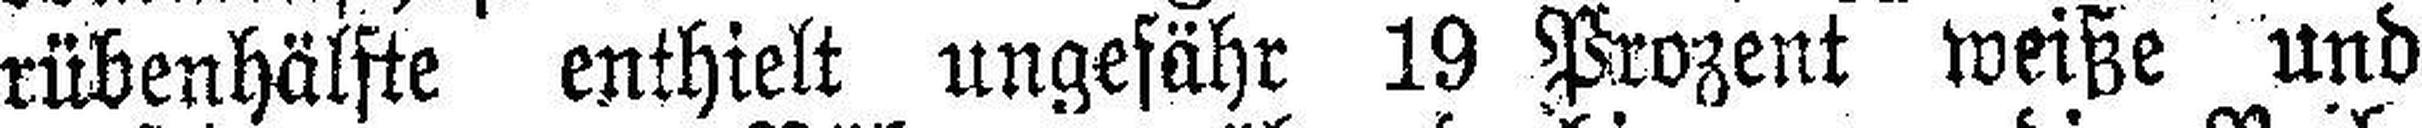
rübenhälste enthielt ungefähr 19 Prozent weiße Und